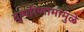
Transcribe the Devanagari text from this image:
दुष्परिणामांमुळे